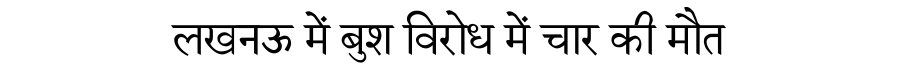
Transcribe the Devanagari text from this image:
लखनऊ में बुश विरोध में चार की मौत